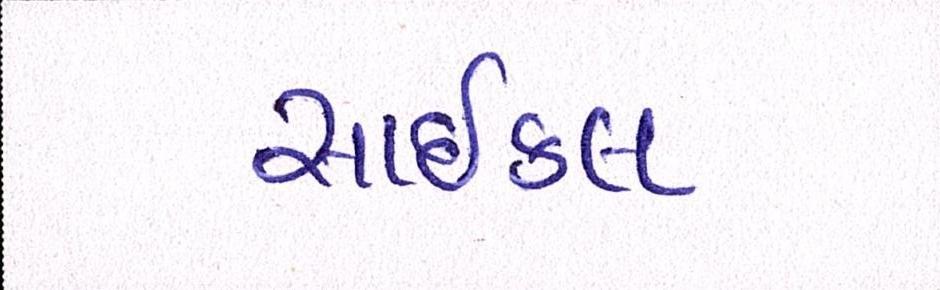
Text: સાયકલ